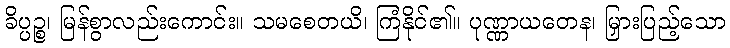
ခိပ္ပဉ္စ၊ မြန်စွာလည်းကောင်း။ သမစေတယိ၊ ကြံနိုင်၏။ ပုဏ္ဏာယတေန၊ မြှားပြည့်သော